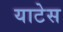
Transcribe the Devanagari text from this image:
याटेस